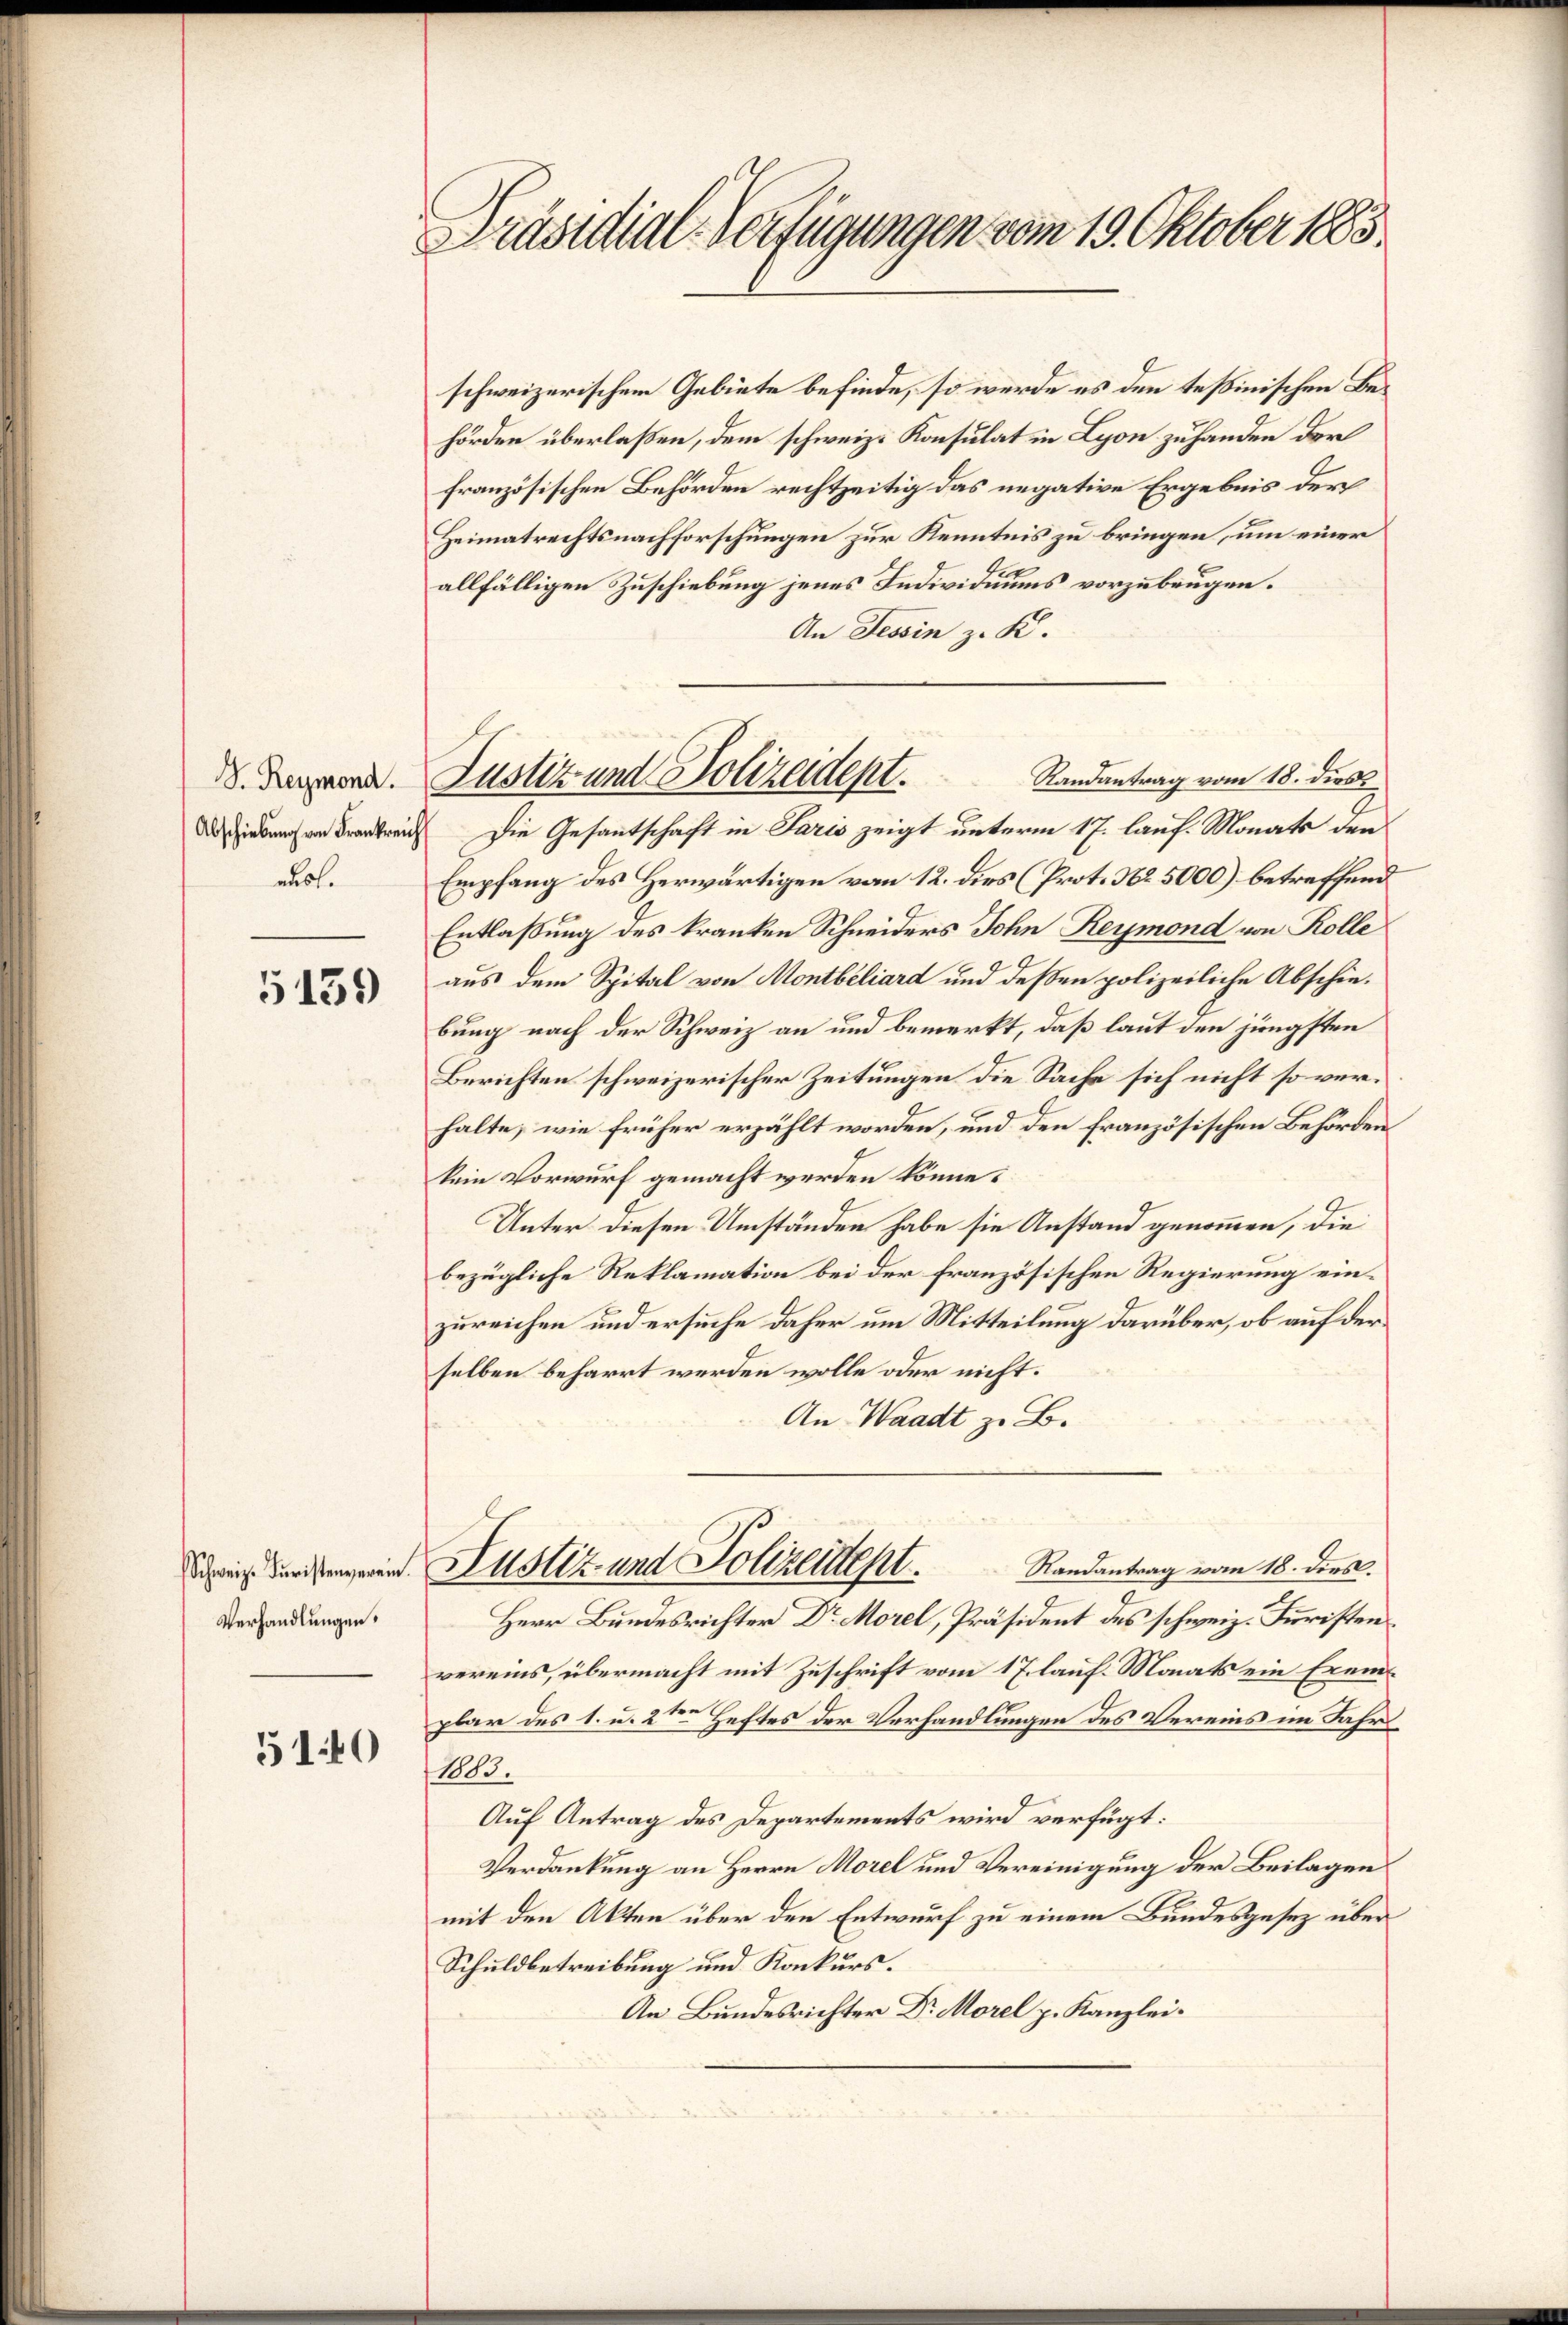
S. Reymond.
nusl.

5139

Verhandlungen.

510

Präsidial-Verfügungen vom 19. Oktober 1885.

schweizerischem Gebiete befinde, so werde es den tessinischen Behörden überlaßen, dem schweiz. Konsulat in Lyon zuhanden der
französischen Behörden rechtzeitig das negative Ergebnis der
Heimatrechtsnachforschungen zur Kenntnis zu bringen, um einer
allfälligen Zuschiebung jenes Individuums vorzubeugen.
An Tessin z. K.
Randantrag vom 18. dies
diebung von Frankreich die Gesantschaft in Paris zeigt unterm 17. lauf. Monats den
Empfang des Herwärtigen vom 12. dies (Prot. No. 5000) betreffend
Entlaßung des kranken Schneiders John Reymond von Rolle
aus dem Spital von Montbiliard und deßen polizeiliche Abschiebung nach der Schweiz an und bemerkt, daß laut den jüngsten
Berichten schweizerischer Zeitungen die Sache sich nicht so verhalte, wie früher erzählt worden, und den französischen Behörden
kein Vorwurf gemacht werden könne.
Unter diesen Umständen habe sie Anstand genommen, die
bezügliche Reklamation bei der französischen Regierung einzureichen und ersuche daher um Mitteilung darüber, ob auf derselben beharrt werden wolle oder nicht.
An Waadt z. B.
Randantrag vom 18. dies.
dis eingen Holz und Polizeident
Herr Bundesrichter Dr Morel, Präsident des schweiz. Juristen
vereins, übermacht mit Zuschrift vom 17. lauf. Monats ein Ereinplar des 1. u. 2ten Heftes der Verhandlungen des Vereins im Jahrs
1083.
Auf Antrag des Departements wird verfügt:
Verdankung an Herrn Morel und Vereinigung der Beilagen
mit den Akten über den Entwurf zu einem Bundesgesetz über
Schuldbetreibung und Konkurs.
An Bundesrichter Dr Morel p. Kanzlei.

Justiz und Polizeident.